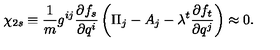
\chi _ { 2 s } \equiv \frac { 1 } { m } g ^ { i j } \frac { \partial f _ { s } } { \partial q ^ { i } } \left( \Pi _ { j } - A _ { j } - \lambda ^ { t } \frac { \partial f _ { t } } { \partial q ^ { j } } \right) \approx 0 .